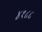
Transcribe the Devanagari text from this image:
४१८८